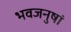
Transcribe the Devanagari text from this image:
भवजनुषां